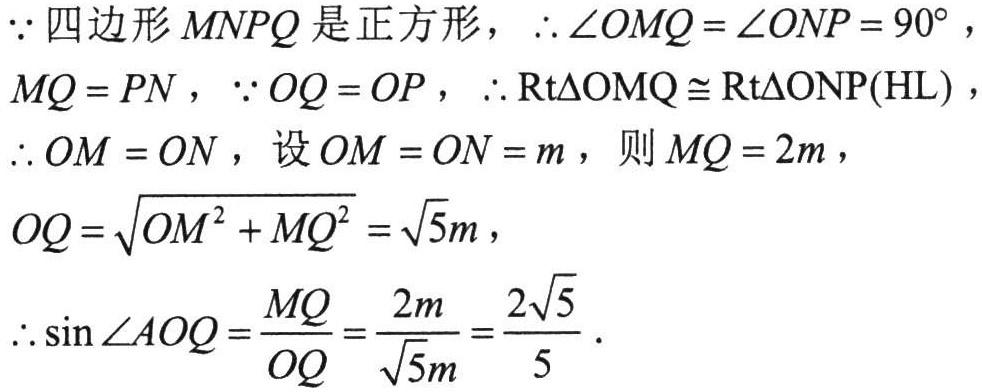
\(\because\)四边形\(MNPQ\)是正方形，\(\therefore\angle OMQ=\angle ONP = 90^{\circ}\)，
\(MQ = PN\)，\(\because OQ = OP\)，\(\therefore \text{Rt}\triangle OMQ\cong\text{Rt}\triangle ONP(\text{HL})\)，
\(\therefore OM = ON\)，设\(OM = ON = m\)，则\(MQ = 2m\)，
\(OQ=\sqrt{OM^{2}+MQ^{2}}=\sqrt{5}m\)，
\(\therefore\sin\angle AOQ=\frac{MQ}{OQ}=\frac{2m}{\sqrt{5}m}=\frac{2\sqrt{5}}{5}\)．